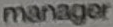
manager